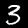
Label: 3